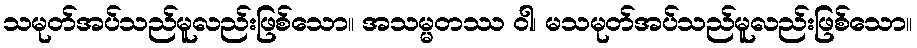
သမုတ်အပ်သည်မူလည်းဖြစ်သော။ အသမ္မတဿ ဝါ၊ မသမုတ်အပ်သည်မူလည်းဖြစ်သော။